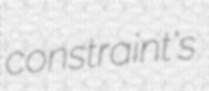
constraint's